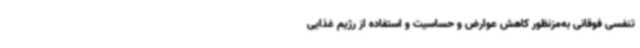
تنفسی فوقانی به‌مزنظور کاهش عوارض و حساسیت و استفاده از رژیم غذایی